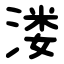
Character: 溇